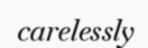
carelessly